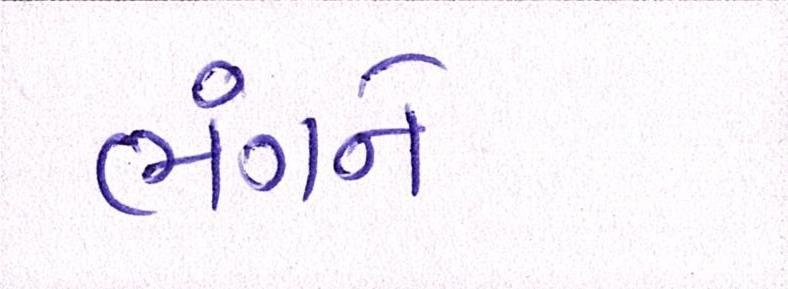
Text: ભંગને